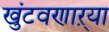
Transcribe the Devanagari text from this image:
खुंटवणाऱ्या